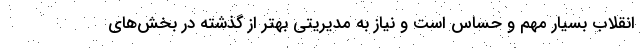
انقلاب بسیار مهم و حساس است و نیاز به مدیریتی بهتر از گذشته در بخش‌های